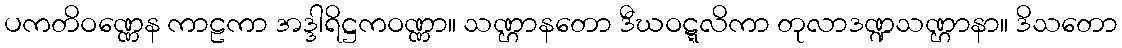
ပကတိဝဏ္ဏေန ကာဠကာ အဒ္ဒါရိဋ္ဌကဝဏ္ဏာ။ သဏ္ဌာနတော ဒီဃဝဋ္ဋလိကာ တုလာဒဏ္ဍသဏ္ဌာနာ။ ဒိသတော